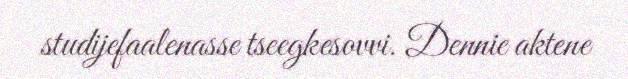
studijefaalenasse tseegkesovvi. Dennie aktene